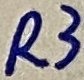
Text: R3